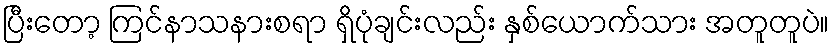
ပြီးတော့ ကြင်နာသနားစရာ ရှိပုံချင်းလည်း နှစ်ယောက်သား အတူတူပဲ။